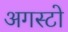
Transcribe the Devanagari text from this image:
अगस्टो